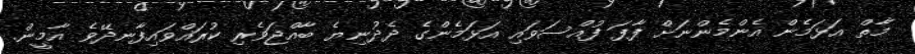
މާތް އަޅަމެން އެންމެންނަށް ފާފަ ފުއްސަވައި އަޅަމެންގެ ދެދުނިޔެ ބާއްޖަވެރި ކުރައްވައިފާނދޭވެ އާމީން.